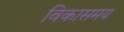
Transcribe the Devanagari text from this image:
विकासमय